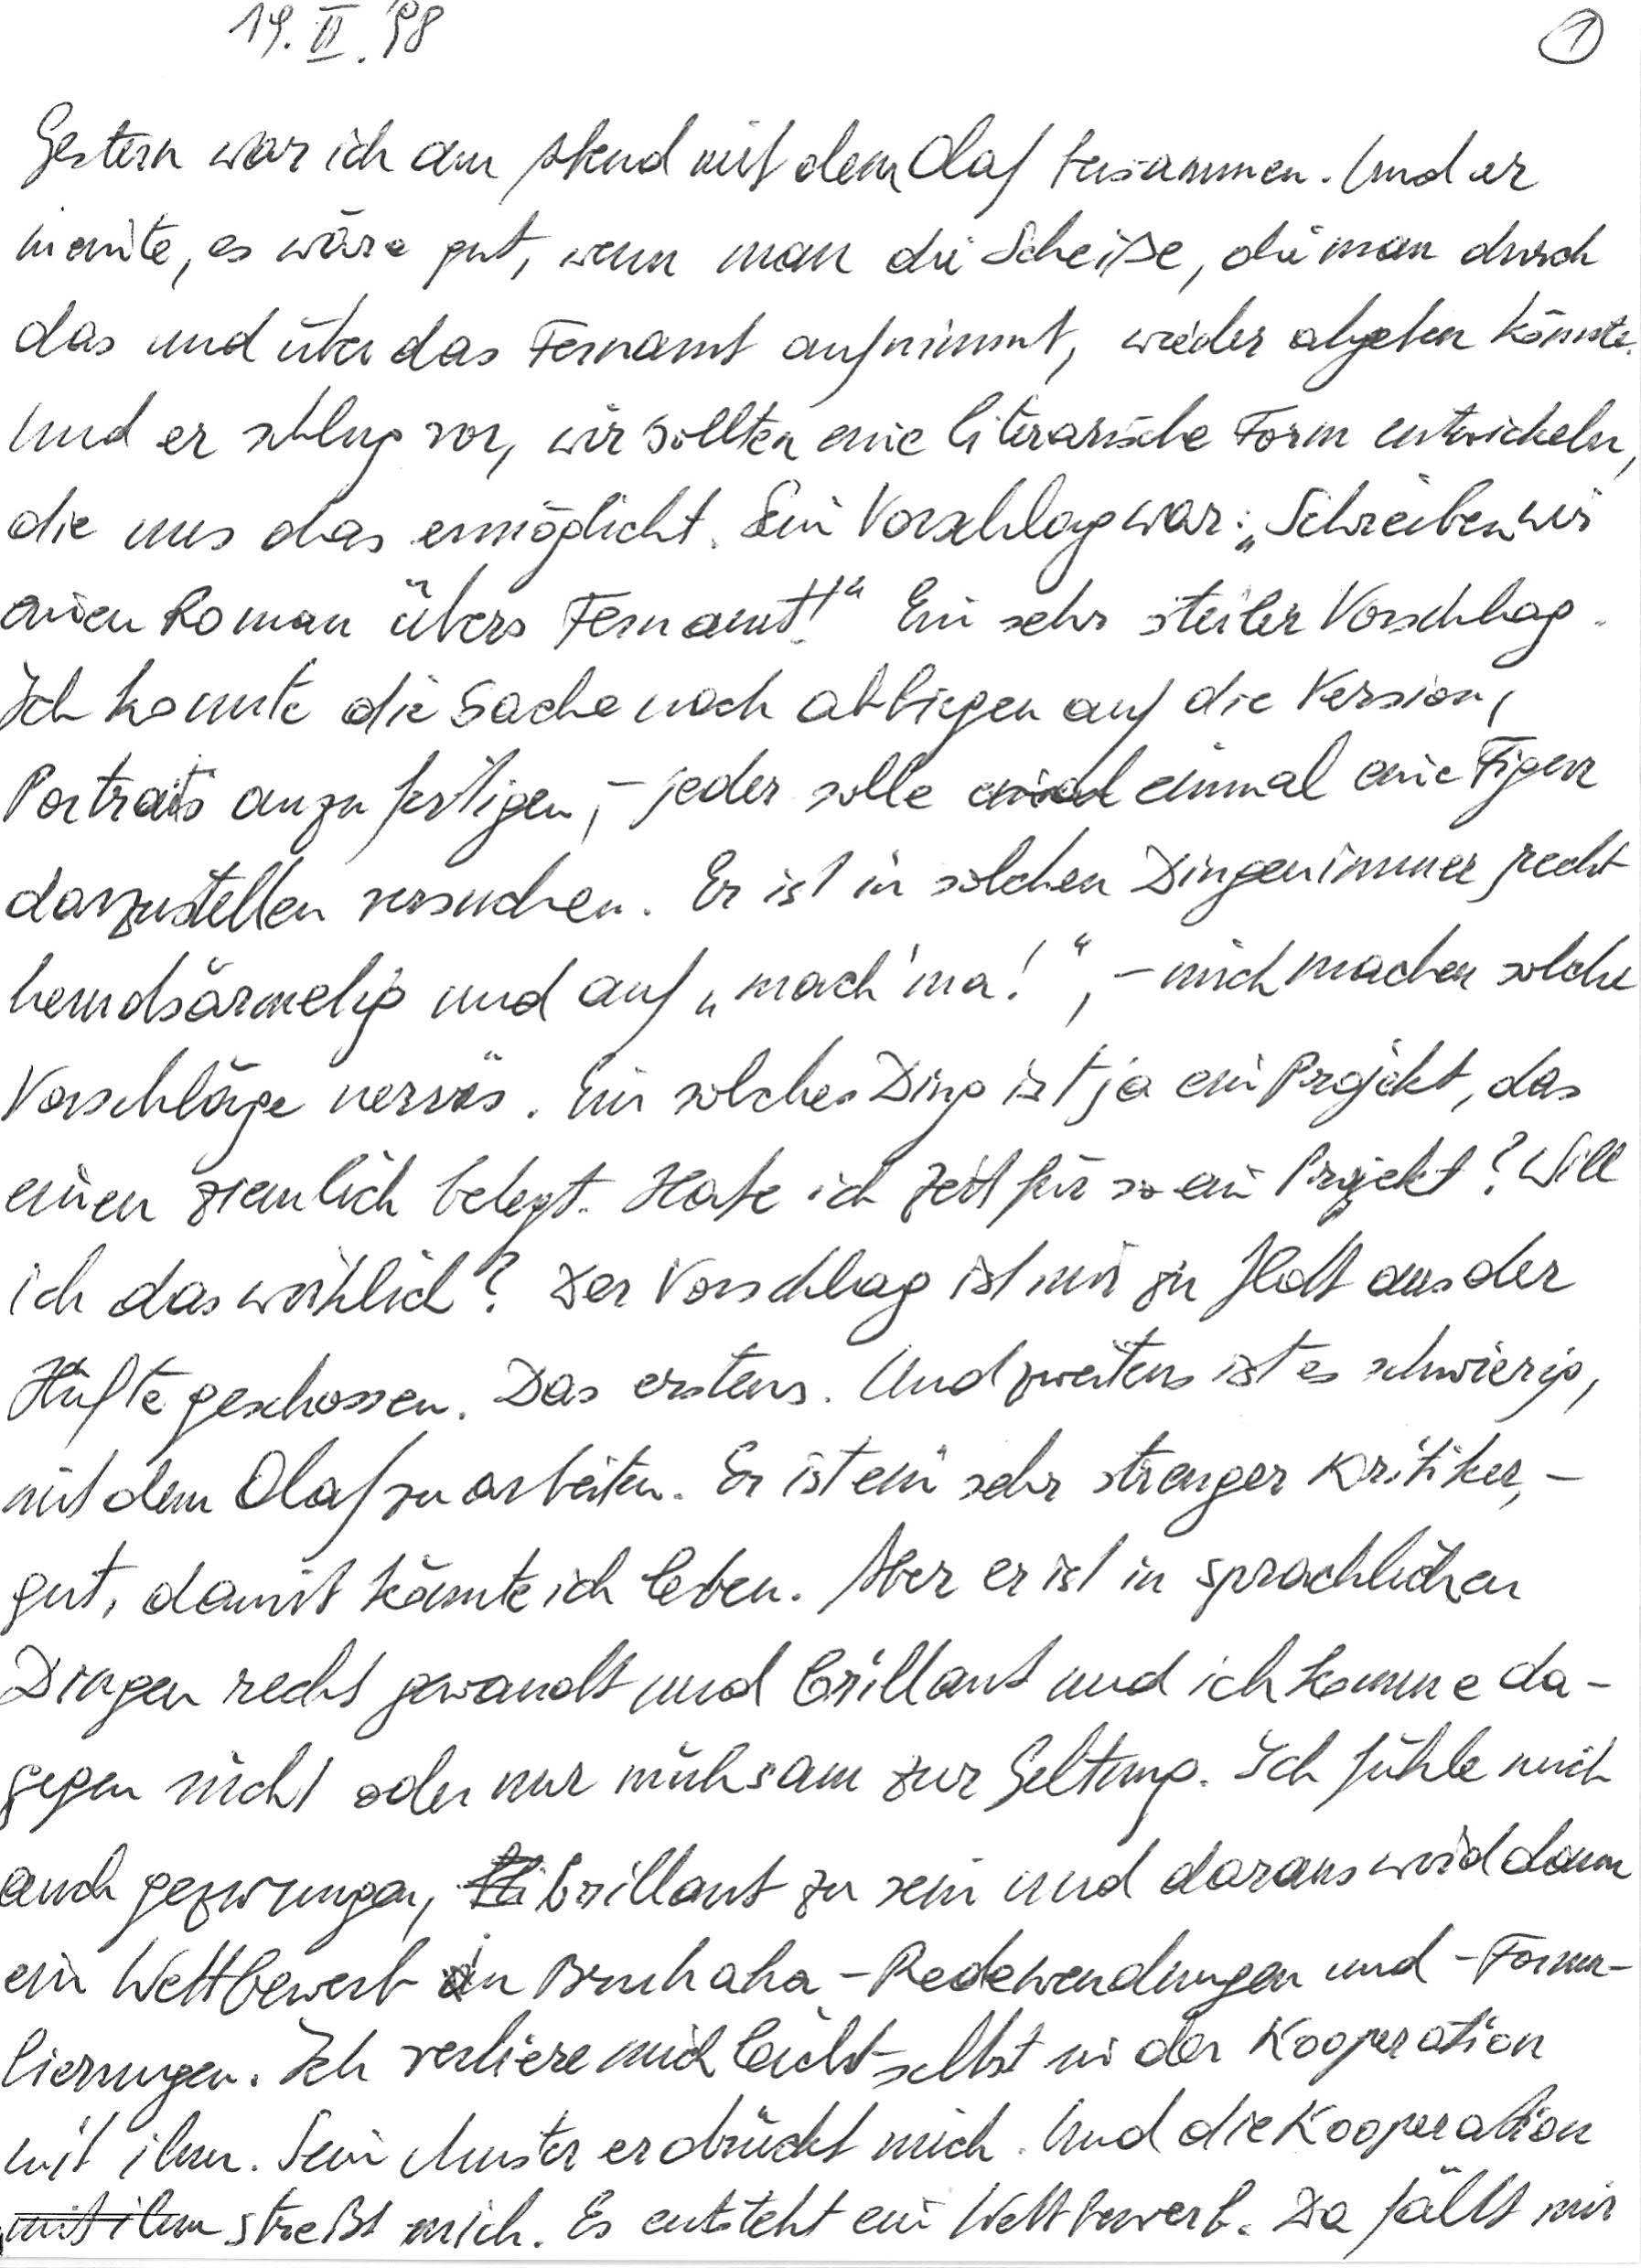
19. II. ‘98
Gestern war ich am Abend mit dem Olaf beisammen. Und er
meinte, es wäre gut, wenn man die Scheiße, die man durch
das und über das Fernamt aufnimmt, wieder abgeben könnte.
Und er schlug vor, wir sollten eine literarische Form entwickeln,
die uns das ermöglicht. Sein Vorschlag war: „Schreiben wir
einen Roman übers Fernamt!“ Ein sehr steiler Vorschlag.
Ich konnte die Sache noch abbiegen auf die Version,
Portraits anzufertigen, – jeder solle einmal eine Figur
darzustellen versuchen. Er ist in solchen Dingen immer recht
hemdsärmelig und auf „mach‘ ma!“, – mich machen solche
Vorschläge nervös. Ein solches Ding ist ja ein Projekt, das
einen ziemlich belegt. Habe ich Zeit für so ein Projekt? Will
ich das wirklich? Der Vorschlag ist mir zu flott aus der
Hüfte geschossen. Das erstens. Und zweitens ist es schwierig,
mit dem Olaf zu arbeiten. Er ist ein sehr strenger Kritiker, –
gut, damit könnte ich leben. Aber er ist in sprachlichen
Dingen recht gewandt und brillant und ich komme da-
gegen nicht oder nur mühsam zur Geltung. Ich fühle mich
auch gezwungen, brillant zu sein und daraus wird dann
ein Wettbewerb in „Bruhaha-Redewendungen“ und „-Formu-
lierungen“. Ich verliere mich leicht selbst in der Kooperation
mit ihm. Sein Muster erdrückt mich. Und die Kooperation
mit ihm streßt mich. Es entsteht ein Wettbewerb. Da fällt mir